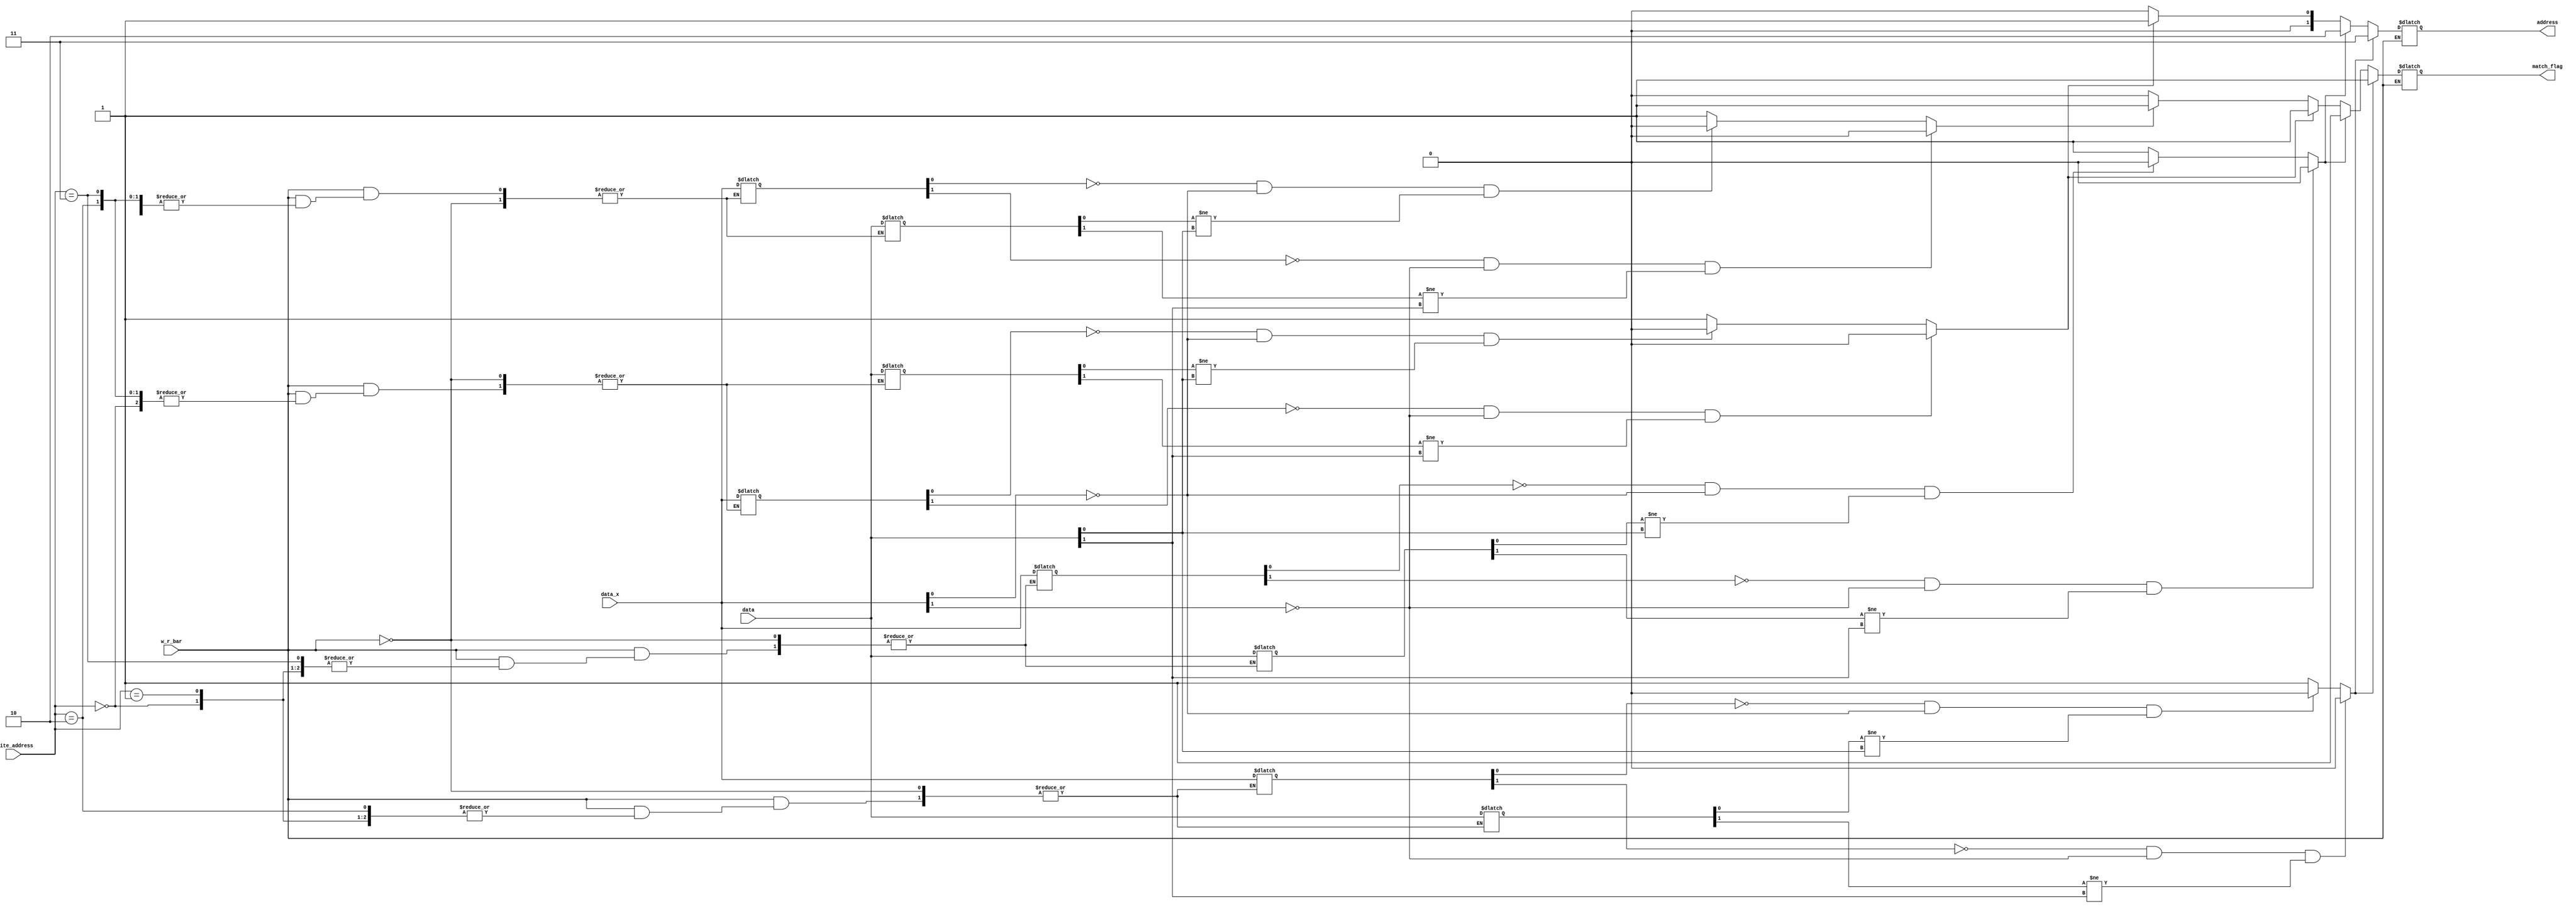
`timescale 1ns / 1ps

module tcam (data, data_x, w_r_bar, write_address, address, match_flag);
    
	 // N is logarithm of number of words (2^N = number of words)
    parameter N = 2;
    // WORD_SIZE is size of the word in bit
    parameter WORD_SIZE = 2;
	
    input [WORD_SIZE-1:0] data;
    input [WORD_SIZE-1:0] data_x; // if 1, indicates coresspounding bit is unknown or x
    input w_r_bar;
    input [N-1:0] write_address;
    output reg [N-1:0] address;
    output reg match_flag;

    // Internal variables
    reg [WORD_SIZE-1:0] mem [0:(1<<N)-1];
    reg [WORD_SIZE-1:0] mem_x [0:(1<<N)-1];
    reg [(1<<N)-1:0] i;
    reg [WORD_SIZE-1:0] j;
    reg tmp_flag;

    // Write and search functionality
    always @(data or data_x or w_r_bar) begin
        if (!w_r_bar) begin
            match_flag = 0;
            address = 0;
            for (i = 0; i <= (1<<N)-1; i=i+1) begin
                tmp_flag = 1;
                for (j = 0; j <= WORD_SIZE-1; j=j+1) begin
                    if (!mem_x[i][j] && !data_x[j] && mem[i][j] != data[j]) begin
                        tmp_flag = 0;
                    end
                end
                if (tmp_flag) begin
                    match_flag = 1;
                    address = i;
                end
            end
        end else begin
            mem[write_address] = data;
            mem_x[write_address] = data_x;
        end
    end
    
endmodule